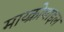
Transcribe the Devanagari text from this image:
माय्क्रोबाइल